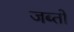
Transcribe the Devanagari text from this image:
जब्तों